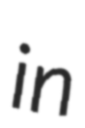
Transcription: in